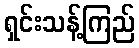
ရှင်းသန့်ကြည်